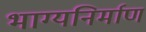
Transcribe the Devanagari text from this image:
भाग्यनिर्माण